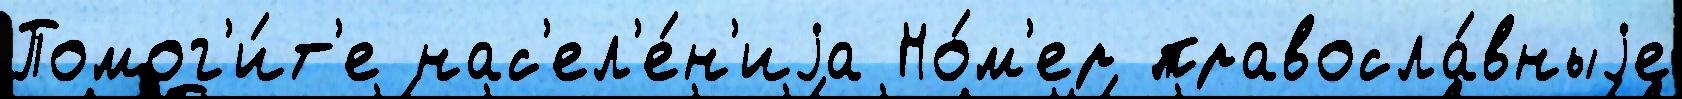
Помог'и́т'е нас'ел'е́н'иjа Но́м'ер правосла́вныjе